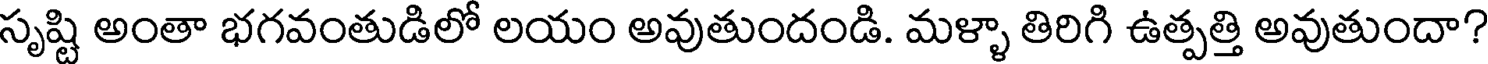
సృష్టి అంతా భగవంతుడిలో లయం అవుతుందండి. మళ్ళా తిరిగి ఉత్పత్తి అవుతుందా?